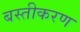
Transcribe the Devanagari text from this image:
बस्तीकरण